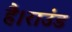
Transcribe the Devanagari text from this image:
है।राउंड